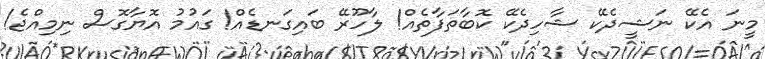
މީނަ އެކޭ ނަޝީދެކޭ ޝާހިދެކޭ ކޮބާތަފާތެއް! ލާހޫރޭ ބައިގަނޑެއް! ގައުމު އޮޔާގޮސް ނިމިއްޖެ!